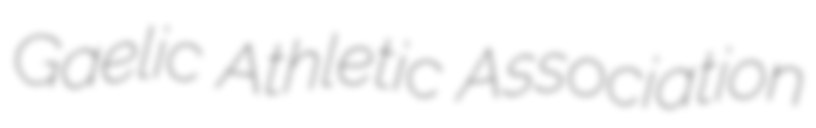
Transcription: Gaelic Athletic Association